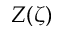
Z ( \zeta )